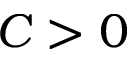
C > 0